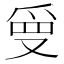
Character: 𭆲